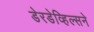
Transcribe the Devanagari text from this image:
डेरडेव्हिल्सने